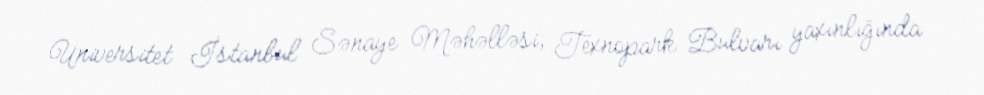
Universitet İstanbul Sənaye Məhəlləsi, Texnopark Bulvarı yaxınlığında